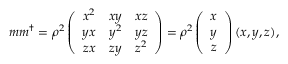
m m ^ { \dagger } = \rho ^ { 2 } \left( \begin{array} { c c c } { { x ^ { 2 } } } & { { x y } } & { { x z } } \\ { { y x } } & { { y ^ { 2 } } } & { { y z } } \\ { { z x } } & { { z y } } & { { z ^ { 2 } } } \end{array} \right) = \rho ^ { 2 } \left( \begin{array} { c } { { x } } \\ { { y } } \\ { { z } } \end{array} \right) ( x , y , z ) ,